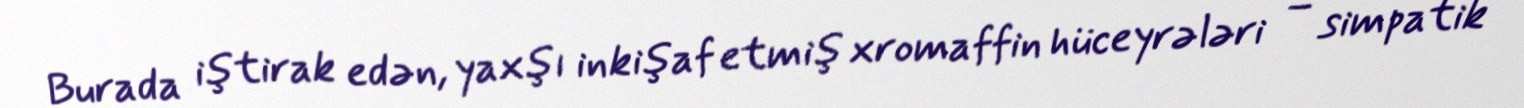
Burada iştirak edən, yaxşı inkişaf etmiş xromaffin hüceyrələri – simpatik